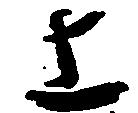
上